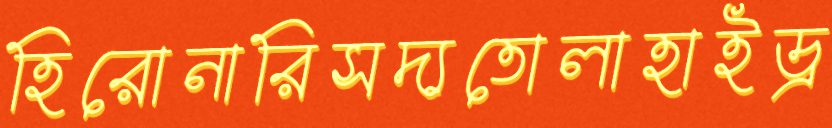
হিরোনারিসদ্যতোলাহাইড্র